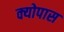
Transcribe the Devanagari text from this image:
क्योपास